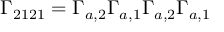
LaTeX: \Gamma _ { 2 1 2 1 } = \Gamma _ { a , 2 } \Gamma _ { a , 1 } \Gamma _ { a , 2 } \Gamma _ { a , 1 }